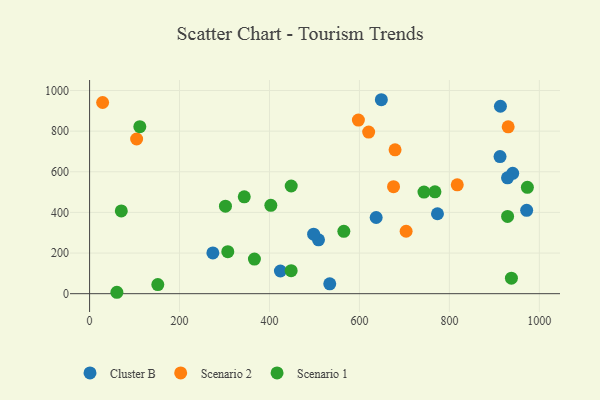
{"axis": {"x": "Speed", "y": "Sales"}, "legend": ["Cluster B", "Scenario 1", "Scenario 2"], "data": [{"x": "637.2", "y": 375.0, "type": "Cluster B"}, {"x": "913.5", "y": 922.7, "type": "Cluster B"}, {"x": "274.1", "y": 200.6, "type": "Cluster B"}, {"x": "912.6", "y": 675.1, "type": "Cluster B"}, {"x": "940.8", "y": 592.6, "type": "Cluster B"}, {"x": "648.7", "y": 954.7, "type": "Cluster B"}, {"x": "971.8", "y": 410.2, "type": "Cluster B"}, {"x": "929.2", "y": 570.2, "type": "Cluster B"}, {"x": "424.3", "y": 111.6, "type": "Cluster B"}, {"x": "509.0", "y": 265.0, "type": "Cluster B"}, {"x": "534.0", "y": 48.5, "type": "Cluster B"}, {"x": "773.5", "y": 393.5, "type": "Cluster B"}, {"x": "498.1", "y": 293.0, "type": "Cluster B"}, {"x": "679.2", "y": 708.3, "type": "Scenario 2"}, {"x": "930.7", "y": 821.5, "type": "Scenario 2"}, {"x": "675.8", "y": 526.9, "type": "Scenario 2"}, {"x": "29.0", "y": 941.0, "type": "Scenario 2"}, {"x": "104.6", "y": 761.3, "type": "Scenario 2"}, {"x": "620.5", "y": 795.6, "type": "Scenario 2"}, {"x": "703.8", "y": 307.4, "type": "Scenario 2"}, {"x": "817.5", "y": 535.6, "type": "Scenario 2"}, {"x": "597.7", "y": 854.7, "type": "Scenario 2"}, {"x": "767.9", "y": 501.5, "type": "Scenario 1"}, {"x": "448.2", "y": 113.4, "type": "Scenario 1"}, {"x": "973.4", "y": 523.5, "type": "Scenario 1"}, {"x": "937.9", "y": 76.5, "type": "Scenario 1"}, {"x": "343.9", "y": 476.9, "type": "Scenario 1"}, {"x": "448.3", "y": 530.0, "type": "Scenario 1"}, {"x": "366.5", "y": 170.1, "type": "Scenario 1"}, {"x": "151.7", "y": 45.0, "type": "Scenario 1"}, {"x": "60.7", "y": 6.9, "type": "Scenario 1"}, {"x": "70.5", "y": 407.1, "type": "Scenario 1"}, {"x": "111.7", "y": 822.1, "type": "Scenario 1"}, {"x": "403.0", "y": 434.9, "type": "Scenario 1"}, {"x": "929.4", "y": 380.5, "type": "Scenario 1"}, {"x": "307.3", "y": 206.9, "type": "Scenario 1"}, {"x": "743.5", "y": 500.1, "type": "Scenario 1"}, {"x": "565.3", "y": 306.8, "type": "Scenario 1"}, {"x": "302.1", "y": 430.6, "type": "Scenario 1"}]}